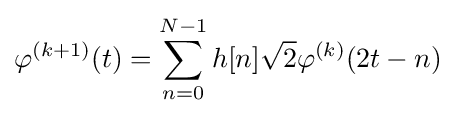
\varphi ^{(k+1)}(t)=\sum _{n=0}^{N-1}h[n]{\sqrt {2}}\varphi ^{(k)}(2t-n)